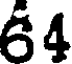
64